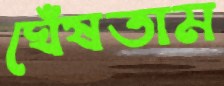
ঘেঁষতাম